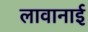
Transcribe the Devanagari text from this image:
लावानाई